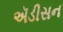
ઍડીસન